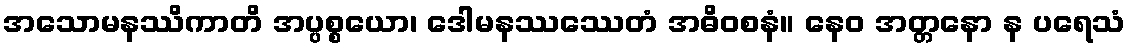
အသောမနဿိကာတိ အပ္ပစ္စယော၊ ဒေါမနဿဿေတံ အဓိဝစနံ။ နေဝ အတ္တနော န ပရေသံ